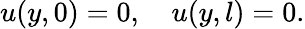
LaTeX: u(y,0)=0,\quad u(y,l)=0.